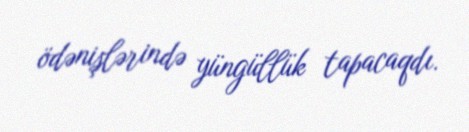
ödənişlərində yüngüllük tapacaqdı.